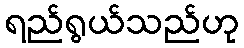
ရည်ရွယ်သည်ဟု